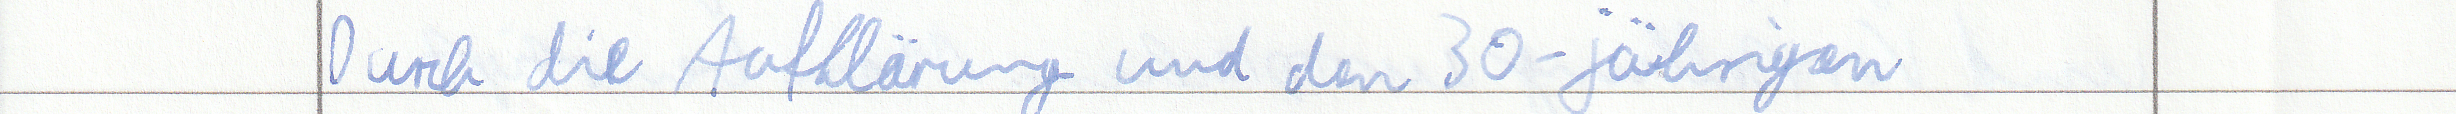
Durch die Aufklärung und den 30-jährigen